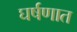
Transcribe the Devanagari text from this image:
घर्षणात